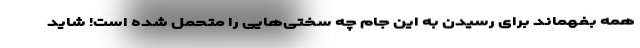
همه بفهماند برای رسیدن به این جام چه سختی‌هایی را متحمل شده است! شاید